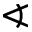
\sphericalangle